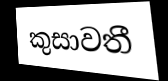
කුසාවතී